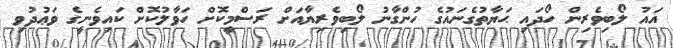
އައު ލޯބިވެރިން ހޯދައި ޙަޔާތުގެނައުގެ ހުންގާނު ލޯބިވެރިޔާއަށް ރަސްމީކޮށް ހަވާލުކޮށް ކައިވެނީގެ ވަޢުދުވި